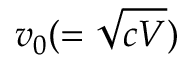
v _ { 0 } ( = \sqrt { c V } )